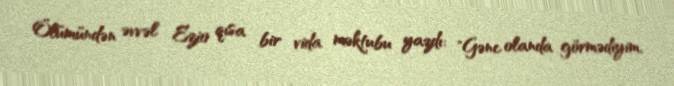
Ölümündən əvvəl Ezio qısa bir vida məktubu yazdı: "Gənc olanda görmədiyim,